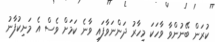
ކުރަން ބޭނުންވާ ވާހަކަ މިހާރު ދަންނަވާފައި ވާނެ ކަމަށް ވެސް އެ މަނިކުފާނު